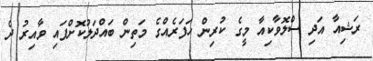
ރަޝިއާ އަދި ސްލޮވާކިއާ މީގެ ކުރިން ހަފަރެއްގެ މަތިން ބައްދަލުކޮށްފައި ވާއިރު ދެ